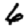
Digit: 6